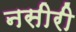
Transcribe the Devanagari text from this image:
नसीरी